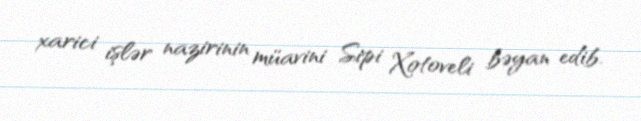
xarici işlər nazirinin müavini Sipi Xotoveli bəyan edib.